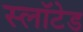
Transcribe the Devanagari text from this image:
स्लॉटेड